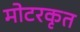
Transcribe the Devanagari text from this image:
मोटरकृत